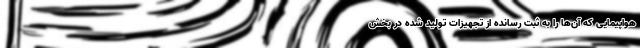
هواپیمایی که آن‌ها را به ثبت‌ رسانده از تجهیزات تولید شده در بخش